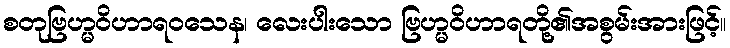
စတုဗြဟ္မဝိဟာရဝသေန၊ လေးပါးသော ဗြဟ္မဝိဟာရတို့၏အစွမ်းအားဖြင့်။